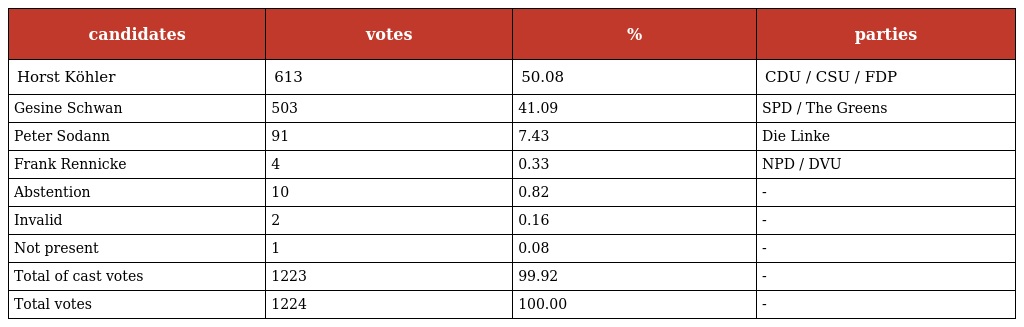
| candidates | votes | % | parties |
 | --- | --- | --- | --- |
 | Horst Köhler | 613 | 50.08 | CDU / CSU / FDP |
 | Gesine Schwan | 503 | 41.09 | SPD / The Greens |
 | Peter Sodann | 91 | 7.43 | Die Linke |
 | Frank Rennicke | 4 | 0.33 | NPD / DVU |
 | Abstention | 10 | 0.82 | - |
 | Invalid | 2 | 0.16 | - |
 | Not present | 1 | 0.08 | - |
 | Total of cast votes | 1223 | 99.92 | - |
 | Total votes | 1224 | 100.00 | - |